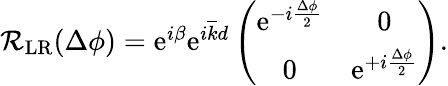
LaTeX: \begin{array}{r}{\mathcal{R}_{\mathrm{LR}}(\Delta\phi)=\mathrm{e}^{i\beta}\mathrm{e}^{i\overline{{k}}d}\left(\begin{array}{cc}{\mathrm{e}^{-i\frac{\Delta\phi}{2}}}&{0}\\ {0}&{\mathrm{e}^{+i\frac{\Delta\phi}{2}}}\end{array}\right).}\end{array}